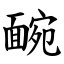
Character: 䩊